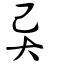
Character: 异